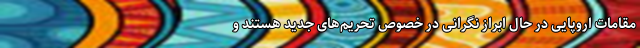
مقامات اروپایی در حال ابراز نگرانی در خصوص تحریم‌های جدید هستند و